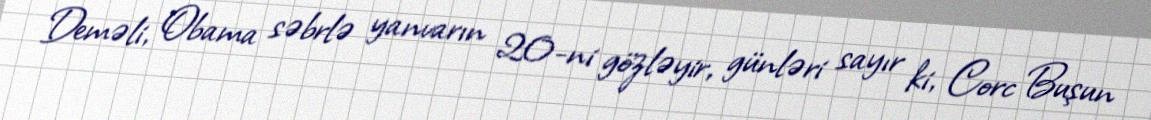
Deməli, Obama səbrlə yanvarın 20-ni gözləyir, günləri sayır ki, Corc Buşun